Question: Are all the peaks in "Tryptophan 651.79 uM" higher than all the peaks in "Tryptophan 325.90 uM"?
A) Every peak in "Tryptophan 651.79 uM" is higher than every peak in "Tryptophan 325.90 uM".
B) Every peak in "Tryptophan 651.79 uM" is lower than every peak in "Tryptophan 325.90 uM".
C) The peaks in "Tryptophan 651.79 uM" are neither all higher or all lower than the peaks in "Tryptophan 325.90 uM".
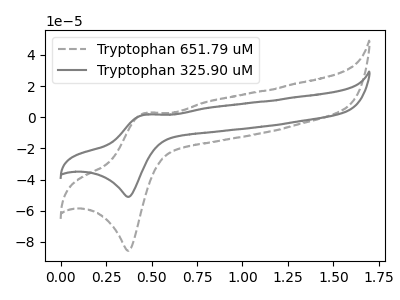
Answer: <think>The gray dashed curve "Tryptophan 651.79 uM" has an anodic peak at (0.45V, 2.65uA) and a cathodic peak at (0.35V, -85.65uA). The gray curve "Tryptophan 325.90 uM" has an anodic peak at (0.45V, 1.60uA) and a cathodic peak at (0.35V, -51.10uA).</think>
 <answer>A) Every peak in "Tryptophan 651.79 uM" is higher than every peak in "Tryptophan 325.90 uM".</answer>
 <eval>A</eval>